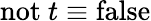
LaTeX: \mathrm{not}~t\equiv\mathrm{false}